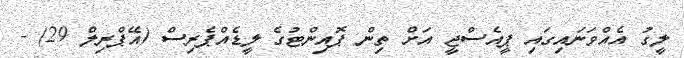
ލީގު އެއްވަނައިގައި ޕީއެސްޖީ އަށް ތިން ޕޮއިންޓުގެ ލީޑެއްޕެރިސް (އޭޕްރިލް 29) -